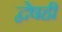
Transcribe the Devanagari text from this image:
द्वेषही